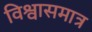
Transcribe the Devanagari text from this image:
विश्वासमात्र